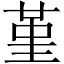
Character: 堇